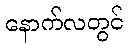
နောက်လတွင်